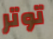
توتر